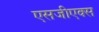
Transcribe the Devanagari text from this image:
एसजीएक्स